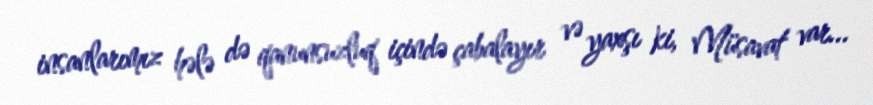
insanlarımız hələ də qanunsuzluq içində çabalayır və yaxşı ki, Müsavat var...